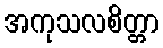
အကုသလစိတ္တာ